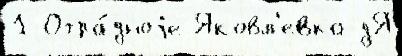
1 Отра́дноjе Яковл'евка дЯ